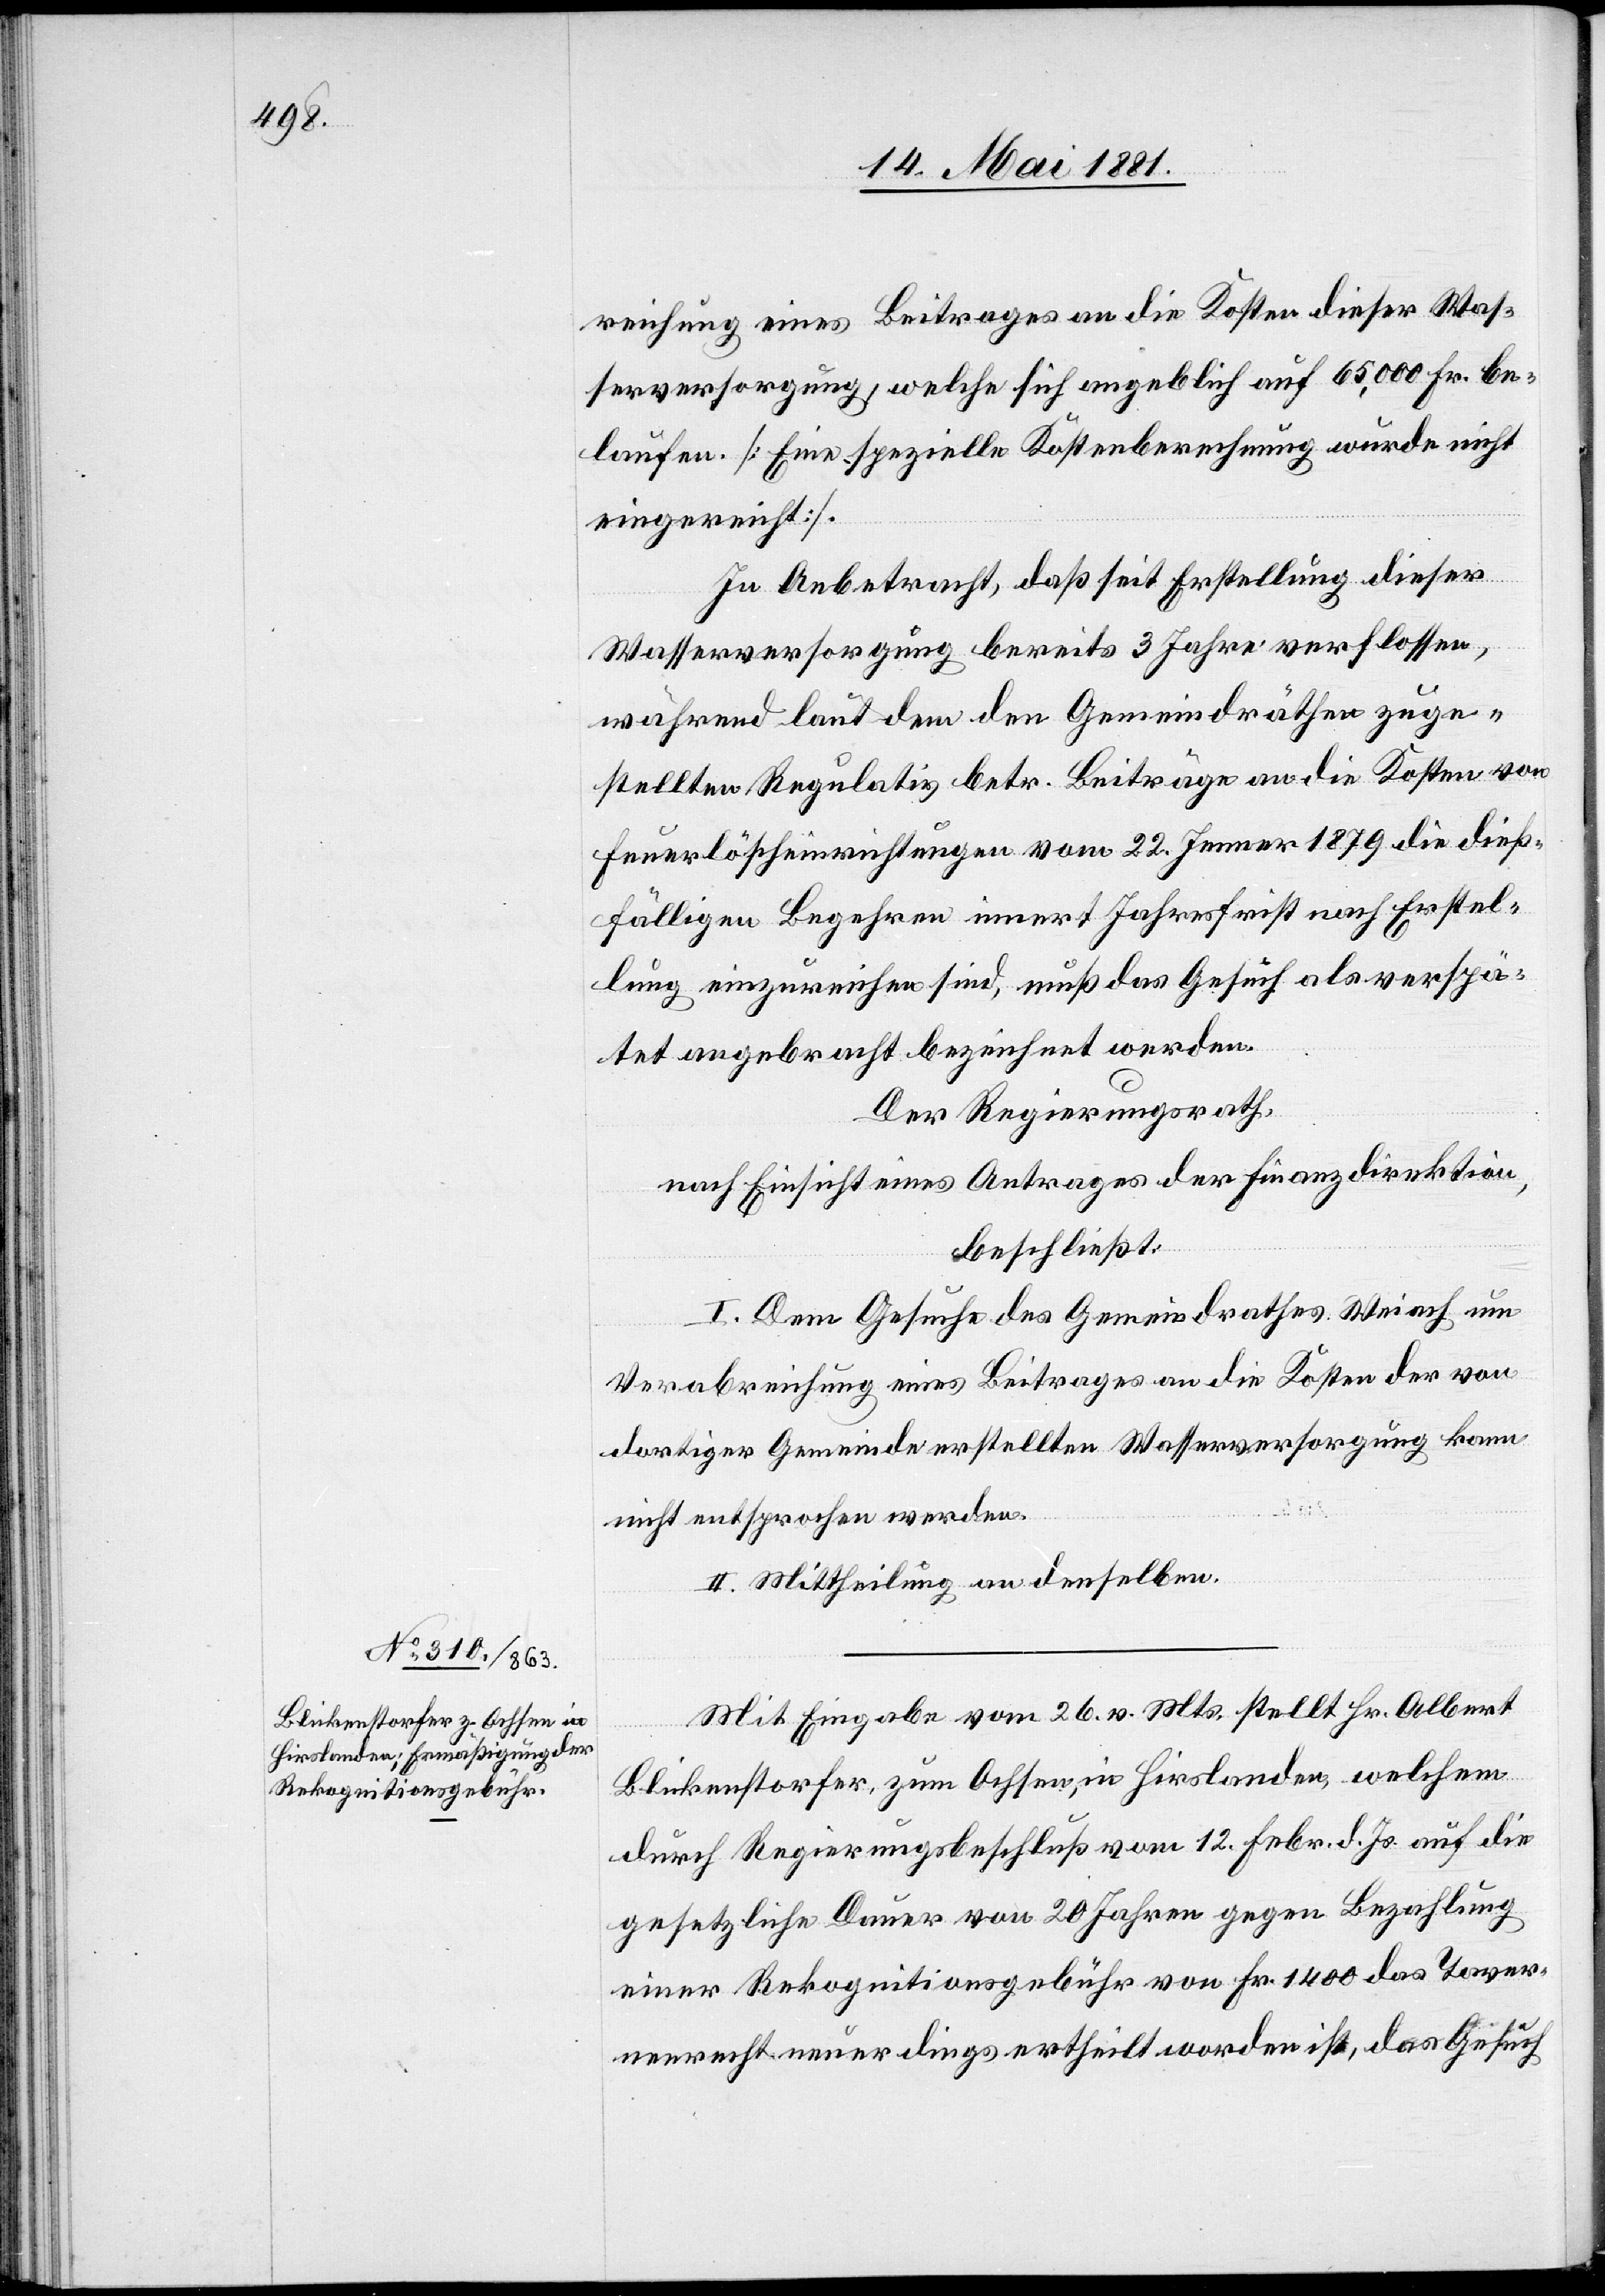
reichung eines Beitrages an die Kosten dieser Was¬
serversorgung, welche sich angeblich auf 65,000 Fr. be¬
laufen. [Eine spezielle Kostenberechnung wurde nicht
eingereicht].
In Anbetracht, daß seit Erstellung dieser
Wasserversorgung bereits 3 Jahre verflossen,
während laut dem den Gemeindräthen zuge¬
stellten Regulativ betr. Beiträge an die Kosten von
Feuerlöscheinrichtungen vom 22. Jenner 1879 die dieß¬
fälligen Begehren innert Jahresfrist nach Erstel¬
lung einzureichen sind, muß das Gesuch als verspä¬
tet angebracht bezeichnet werden.
Der Regierungsrath,
nach Einsicht eines Antrages der Finanzdirektion,
beschließt:
I. Dem Gesuche des Gemeindrathes Weiach um
Verabreichung eines Beitrages an die Kosten der von
dortiger Gemeinde erstellten Wasserversorgung kann
nicht entsprochen werden.
II. Mittheilung an denselben.
Mit Eingabe vom 26. v. Mts. stellt Hr. Albert
Blickenstorfer, zum Ochsen, in Hirslanden, welchem
durch Regierungsbeschluß vom 12. Febr. d. Js. auf die
gesetzliche Dauer von 20 Jahren gegen Bezahlung
einer Rekognitionsgebühr von Fr. 1400 das Taver¬
nenrecht neuerdings ertheilt worden ist, das Gesuch